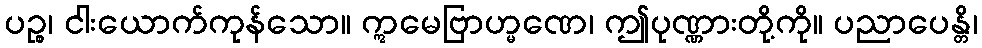
ပဉ္စ၊ ငါးယောက်ကုန်သော။ ဣမေဗြာဟ္မဏေ၊ ဤပုဏ္ဏားတို့ကို။ ပညာပေန္တိ၊